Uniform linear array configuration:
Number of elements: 48
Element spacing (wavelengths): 0.75
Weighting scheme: binomial
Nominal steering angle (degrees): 60
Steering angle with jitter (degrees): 59.419
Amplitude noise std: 0.05
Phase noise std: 0.05

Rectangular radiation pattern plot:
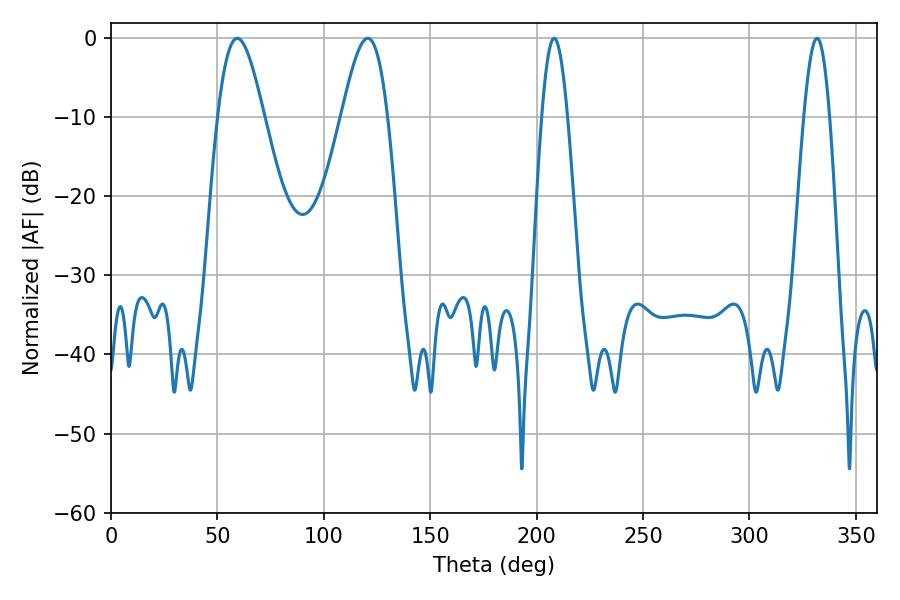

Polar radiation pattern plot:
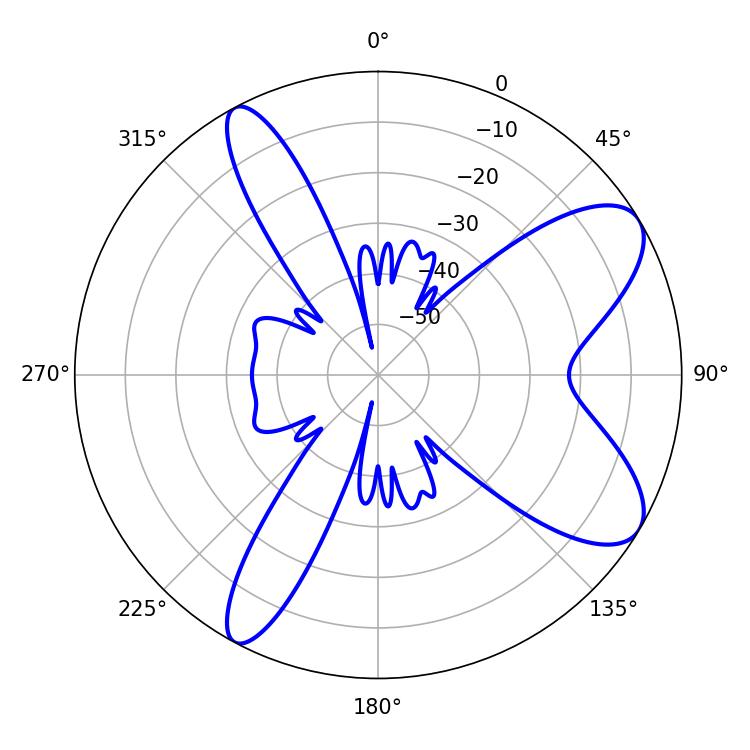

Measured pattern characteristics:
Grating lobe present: TRUE
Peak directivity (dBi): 8.677
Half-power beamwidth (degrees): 6.48
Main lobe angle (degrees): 208.26